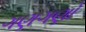
ગણગણો